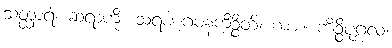
သတ္ထာရံ၊ ဆရာကို။ သရဏဂမနကိဉ္စိတိ၊ ကား။ ကိဉ္စိပုဂ္ဂလံ၊